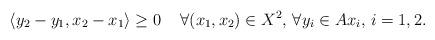
LaTeX: \begin{align*}\langle y_2-y_1, x_2-x_1\rangle \geq 0 \quad\,\forall (x_1,x_2)\in X^2,\, \forall y_i\in Ax_i, \,i=1,2.\end{align*}